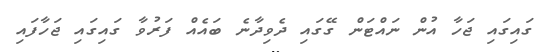
ގައިގައި ޖަހާ އުން ނައްޓަން ގޭގައި ދެވިދާނެ ބައެއް ފަރުވާ ގައިގައި ޖަހާފައި